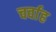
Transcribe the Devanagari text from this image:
चर्वाह